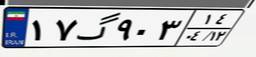
۱۷گ۹۰۳۱۴